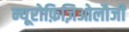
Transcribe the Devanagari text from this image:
न्यूरोफ़िज़िओलौजी